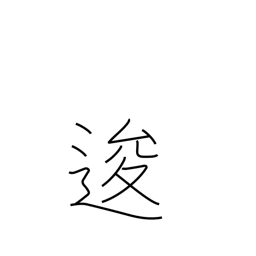
Meaning: go back